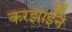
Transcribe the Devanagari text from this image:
करझाईंने